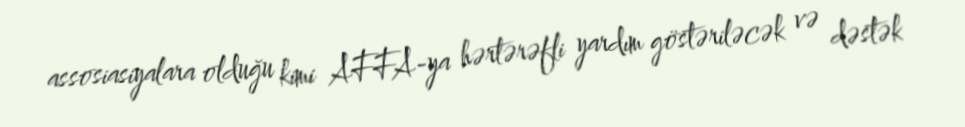
assosiasiyalara olduğu kimi AFFA-ya hərtərəfli yardım göstəriləcək və dəstək